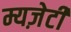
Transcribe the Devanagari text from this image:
म्यज़ेटी